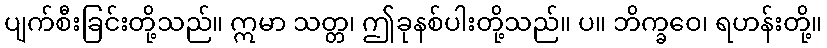
ပျက်စီးခြင်းတို့သည်။ ဣမာ သတ္တ၊ ဤခုနစ်ပါးတို့သည်။ ပ။ ဘိက္ခဝေ၊ ရဟန်းတို့။